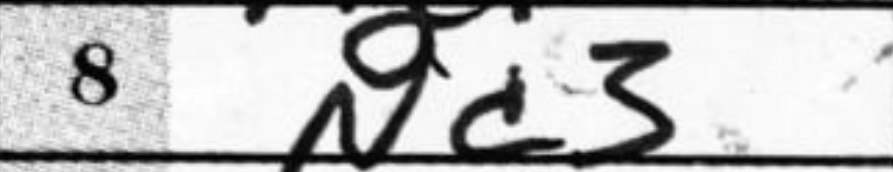
Transcription: Nc3